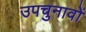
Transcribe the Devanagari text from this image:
उपचुनावों